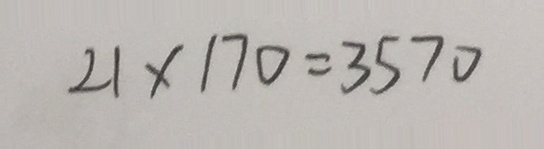
2 1 \times 1 7 0 = 3 5 7 0